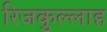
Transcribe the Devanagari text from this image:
रिजकुल्लाह